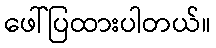
ဖေါ်ပြထားပါတယ်။